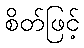
စိတ်ဖြင့်